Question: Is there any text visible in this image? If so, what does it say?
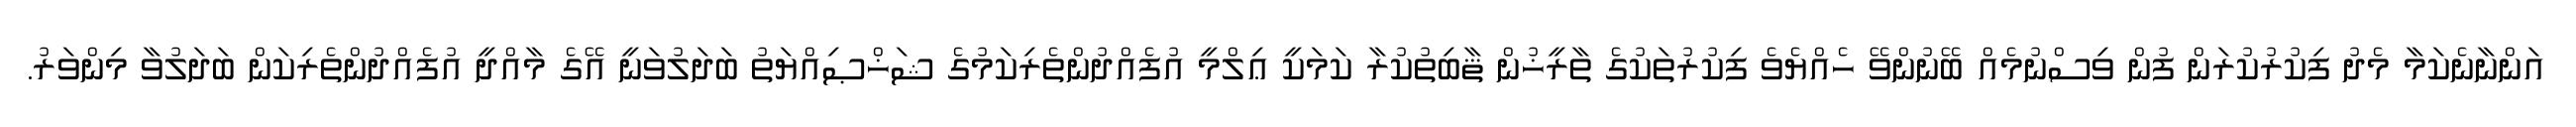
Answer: އަންނާނެކަމާ މެދު ފިކުރުކުރަން ފުން ވިސްނުމެއް ބޭނުންވޭ ހެއްޔެވެ ފިކުރުތަކުގެ ތާރީޚުން ޘާބިތުކުރާ ކަމަކީ ޢިލްމީ އުފެއްދުންތެރިކަމުގެ ޝަޚްޞިއްޔަތު ބަދަލުވަނީ އޭގެ މާއްދީ އުފެއްދުންތެރިކަން ބަދަލުވާ މިންވަރު.